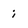
Character: i